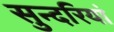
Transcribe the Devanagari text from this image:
सुन्दरियां